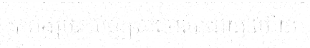
បារាំងប្រគល់ឲ្យព្រះចៅបៅដាយ ហើយ